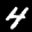
Label: 4